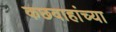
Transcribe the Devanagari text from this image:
कछवाहांच्या